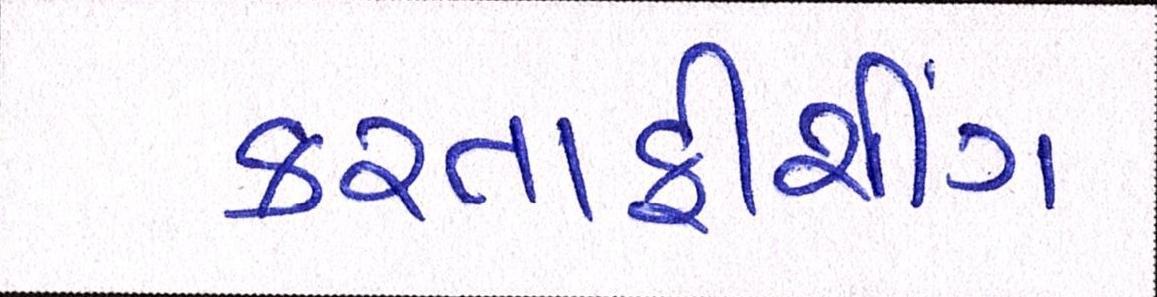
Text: કરતાફીશીંગ